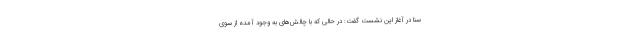
سنا در آغاز این نشست گفت: در حالی که با چالش‌های به وجود آمده از سوی